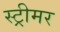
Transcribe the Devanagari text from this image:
स्ट्रीमर